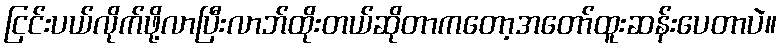
ငြင်းပယ်လိုက်ဖို့လာပြီးလာဘ်ထိုးတယ်ဆိုတာကတော့အတော်ထူးဆန်းပေတာပဲ။